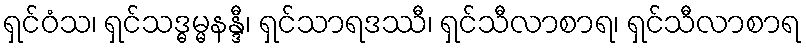
ရှင်ဝံသ၊ ရှင်သဒ္ဓမ္မနန္ဒီ၊ ရှင်သာရဒဿီ၊ ရှင်သီလာစာရ၊ ရှင်သီလာစာရ